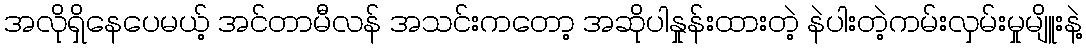
အလိုရှိနေပေမယ့် အင်တာမီလန် အသင်းကတော့ အဆိုပါနှုန်းထားတဲ့ နဲပါးတဲ့ကမ်းလှမ်းမှုမျိူးနဲ့